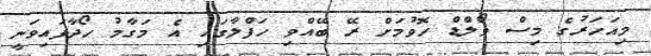
މިއަހަރުގެ މިސް ވޯލްޑް ހޮވުމަށް ރޭ ބޭއްވި ހަފްލާގައި އެ މަގާމު ހޯދާފައިވަނީ